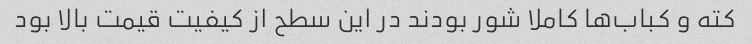
کته و کباب‌ها کاملا شور بودند در این سطح از کیفیت قیمت بالا بود